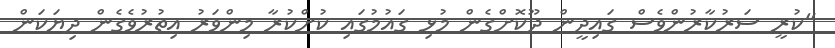
"ކުރީ ސަރުކާރުންވެސް ގައިދީން ދޫކޮށްގެން މުޅި ގައުމުގައި ކުށްކުރާ މިންވަރު އިތުރުވެގެން ދިޔަކަން